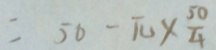
= 5 0 - \pi \times \frac { 5 0 } { 4 }